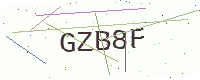
Text: GZB8F